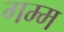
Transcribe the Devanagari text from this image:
गम्म